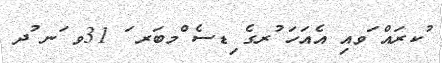
ުކރައް ަވއި އެއަހަ ުރގެ ިޑސެ ްމބަރ ަ 31ވ ަނ ުދ